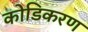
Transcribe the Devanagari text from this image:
कोडिकरण